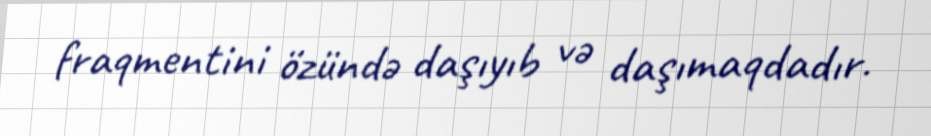
fraqmentini özündə daşıyıb və daşımaqdadır.